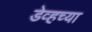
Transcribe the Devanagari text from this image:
डेव्हच्या